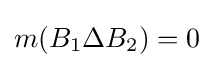
m(B_{1}\Delta B_{2})=0